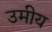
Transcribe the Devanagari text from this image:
उमीय